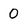
Character: 0